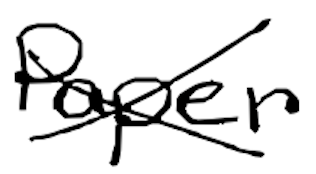
Text: paper
Cross-out: cross
Writing tool: digital_black